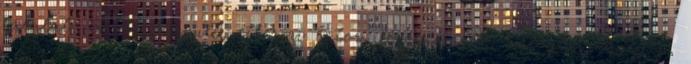
találat: 36 db bárpult, éttermi bútor, főzőkészülék, hűtőgép, kávégép,